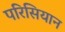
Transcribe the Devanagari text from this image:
परिसियान